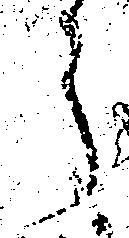
ら